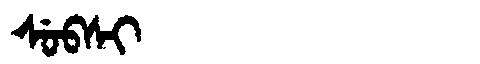
Manchu: ᠰᡠᠪᠰᡳ
Romanization: SUBSI